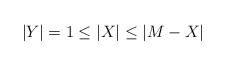
LaTeX: \begin{align*}|Y|=1 \leq |X| \leq |M-X|\end{align*}